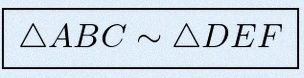
\triangle ABC\sim\triangle DEF